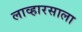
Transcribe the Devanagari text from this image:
लाव्हारसाला